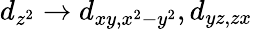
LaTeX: d_{z^{2}}\rightarrow d_{xy,x^{2}-y^{2}},d_{yz,zx}